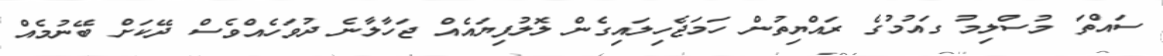
ސައްތަ މުސްލިމު ގައުމުގެ ރައްޔިތުން ހަމަޖެހިލައިގެން ލޮލުފިޔައެއް ޖަހާލާނެ ދުވަހެއްވެސް ދޭކަށް ބޭނުމެއް